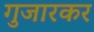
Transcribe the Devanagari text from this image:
गुजारकर